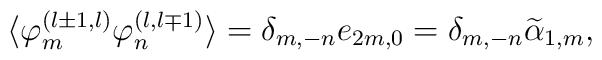
\langle \varphi^{(l\pm1,l)}_m\varphi^{(l,l\mp1)}_n \rangle=\delta_{m,-n}e_{2m,0}=\delta_{m,-n}\widetilde{\alpha}_{1,m},